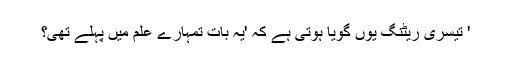
' تیسری ریٹنگ یوں گویا ہوتی ہے کہ 'یہ بات تمہارے علم میں پہلے تھی؟